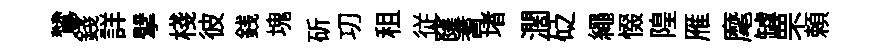
鷥錢詳擘棧彼銭塊斫㓛租従窿耆堵濶砭繩惙隍雁麾罅罘頼